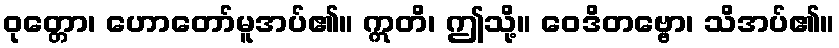
ဝုတ္တော၊ ဟောတော်မူအပ်၏။ ဣတိ၊ ဤသို့။ ဝေဒိတဗ္ဗော၊ သိအပ်၏။